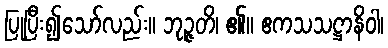
ပြုပြီး၍သော်လည်း။ ဘုဉ္ဇတိ၊ ၏။ ဧကသသဋ္ဌာနိဝါ၊